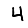
Digit: 4